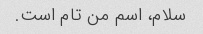
سلام، اسم من تام است.